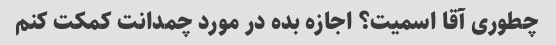
چطوری آقا اسمیت؟ اجازه بده در مورد چمدانت کمکت کنم